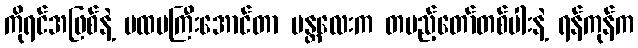
ကိုရင်အဖြစ်နဲ့ ပထမကြီးအောင်တာ မန္တလေးက တပည့်တော်တစ်ပါးနဲ့ ရန်ကုန်က